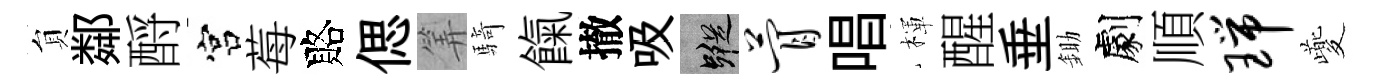
貟鄰酹宫莓賂偲筭騎餼撤吸蹤瞢唱楎醒垂鋤劇順瑞夔